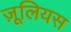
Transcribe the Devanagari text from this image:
ज़ूलियस